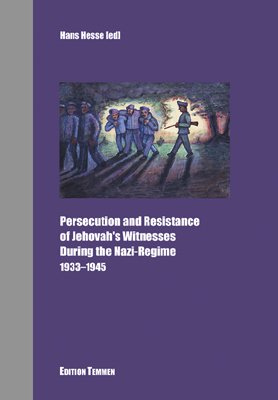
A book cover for Persecution and Resistance of Jehovah's Witnesses During the Nazi Regime: 1933-1945; Christian Books & Bibles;